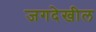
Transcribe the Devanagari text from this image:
जगदेखील